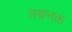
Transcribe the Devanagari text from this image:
तबनक